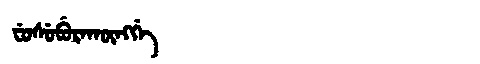
Manchu: ᠸᡠᠰᡠᠪᡠᡵᠠᡴᡡᠩᡤᡝ
Romanization: FUSUBURAKŪNGGE